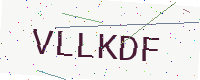
Text: VLLKDF